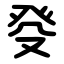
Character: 癹